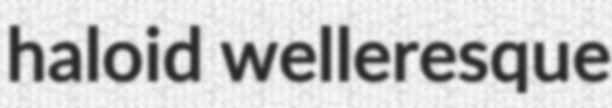
haloid welleresque